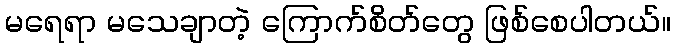
မရေရာ မသေချာတဲ့ ကြောက်စိတ်တွေ ဖြစ်စေပါတယ်။